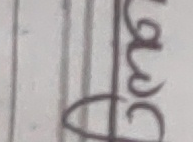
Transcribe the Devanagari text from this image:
डाँडा